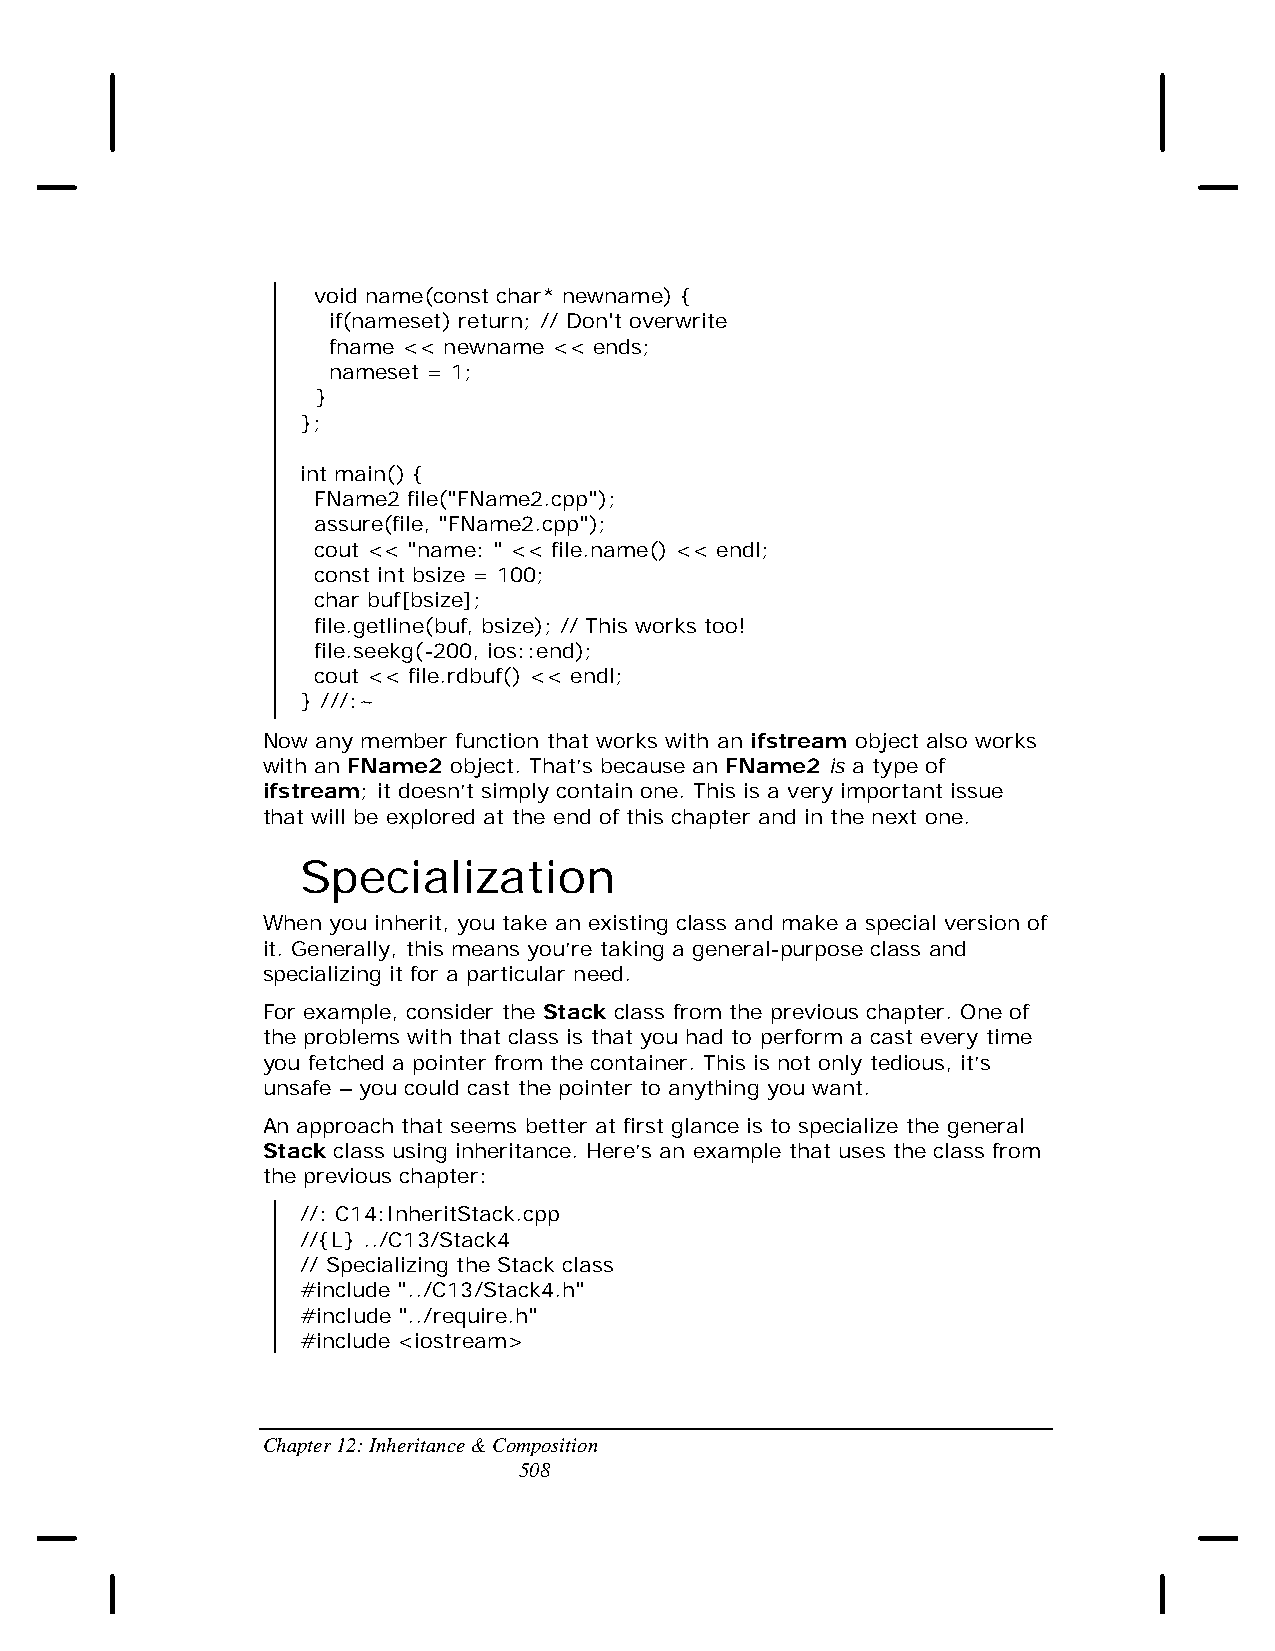
void name(const char* newname) {
 if(nameset) return; // Don't overwrite
 fname << newname << ends;
 nameset = 1;
 }
 };
 int main() {
 FName2 file("FName2.cpp");
 assure(file, "FName2.cpp");
 cout << "name: " << file.name() << endl;
 const int bsize = 100;
 char buf[bsize];
 file.getline(buf, bsize); // This works too!
 file.seekg(-200, ios::end);
 cout << file.rdbuf() << endl;
 } ///:~
 Now any member function that works with an ifstream object also works
 with an FName2 object. That’s because an FName2 is a type of
 ifstream; it doesn’t simply contain one. This is a very important issue
 that will be explored at the end of this chapter and in the next one.
 Specialization
 When you inherit, you take an existing class and make a special version of
 it. Generally, this means you’re taking a general-purpose class and
 specializing it for a particular need.
 For example, consider the Stack class from the previous chapter. One of
 the problems with that class is that you had to perform a cast every time
 you fetched a pointer from the container. This is not only tedious, it’s
 unsafe – you could cast the pointer to anything you want.
 An approach that seems better at first glance is to specialize the general
 Stack class using inheritance. Here’s an example that uses the class from
 the previous chapter:
 //: C14:InheritStack.cpp
 //{L} ../C13/Stack4
 // Specializing the Stack class
 #include "../C13/Stack4.h"
 #include "../require.h"
 #include <iostream>
 Chapter 12: Inheritance & Composition
 508